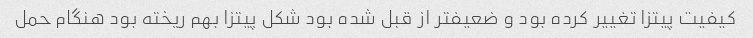
کیفیت پیتزا تغییر کرده بود و ضعیفتر از قبل شده بود شکل پیتزا بهم ریخته بود هنگام حمل